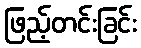
ဖြည့်တင်းခြင်း